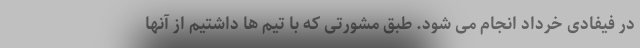
در فیفادی خرداد انجام می شود. طبق مشورتی که با تیم ها داشتیم از آنها